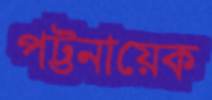
পট্টনায়েক